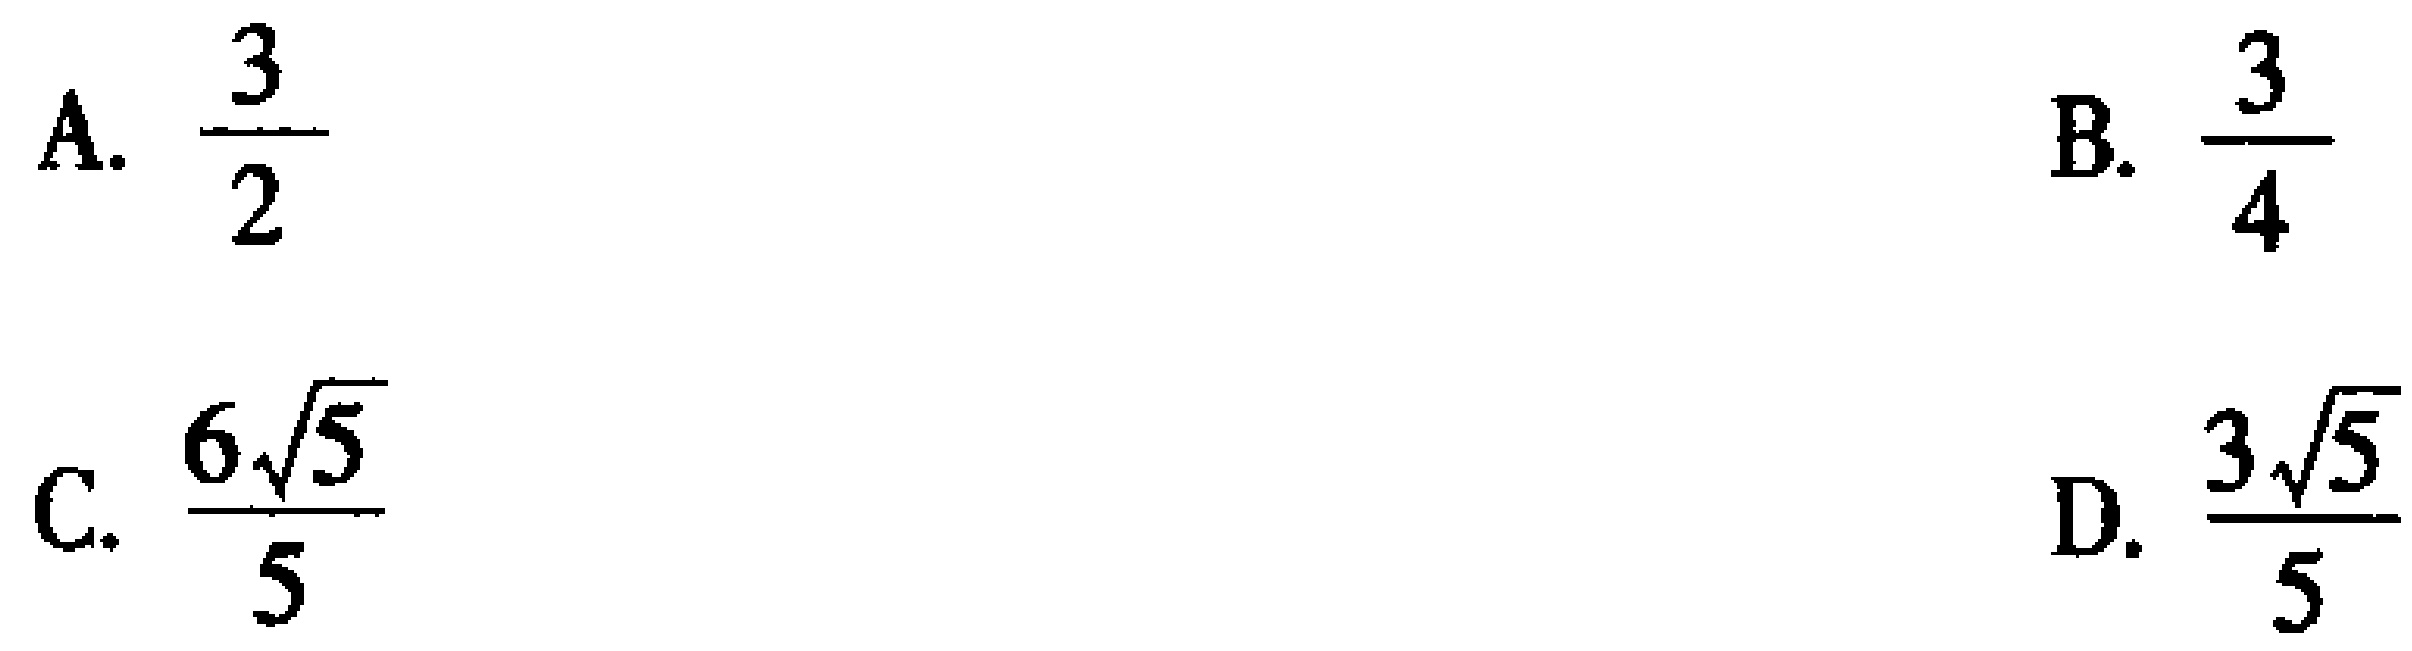
A. $\frac{3}{2}$
B. $\frac{3}{4}$
C. $\frac{6\sqrt{5}}{5}$
D. $\frac{3\sqrt{5}}{5}$